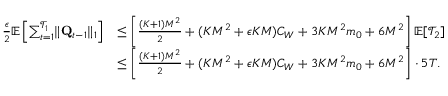
\begin{array} { r l } { \frac \epsilon 2 \mathbb E \left[ \sum _ { t = 1 } ^ { \mathcal T _ { 1 } } \lVert \mathbf Q _ { t - 1 } \rVert _ { 1 } \right] } & { \le \left[ \frac { ( K + 1 ) M ^ { 2 } } 2 + ( K M ^ { 2 } + \epsilon K M ) C _ { W } + 3 K M ^ { 2 } m _ { 0 } + 6 M ^ { 2 } \right] \mathbb E [ \mathcal T _ { 2 } ] } \\ & { \le \left[ \frac { ( K + 1 ) M ^ { 2 } } 2 + ( K M ^ { 2 } + \epsilon K M ) C _ { W } + 3 K M ^ { 2 } m _ { 0 } + 6 M ^ { 2 } \right] \cdot 5 T . } \end{array}